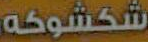
شكشوكه